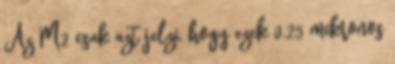
Az M2 csak azt jelzi, hogy ezek 0.25 mikronos